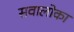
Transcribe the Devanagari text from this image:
सवालोका